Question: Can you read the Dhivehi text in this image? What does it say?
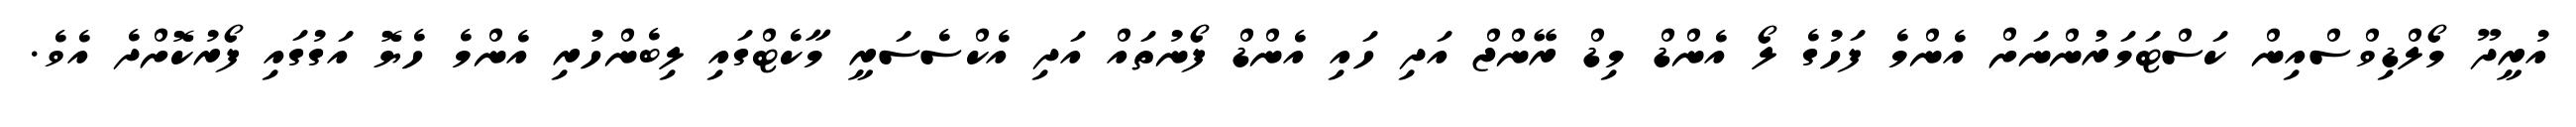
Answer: އުރީދޫ މޯލްޑިވްސްއިން ކަސްޓަމަރުންނަށް އެންމެ ފަހުގެ ލޯ އެންޑް މިޑް ރޭންޖް އަދި ހައި އެންޑް ފޯނުތައް އަދި އެކްސެސަރީ މާކެޓްގައި ލިބެންހުރި އެންމެ ހެޔޮ އަގުގައި ފޯރުކޮށްދެ އެވެ.